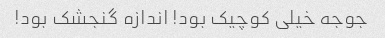
جوجه خیلی کوچیک بود! اندازه گنجشک بود!